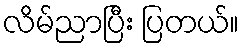
လိမ်ညာပြီး ပြတယ်။